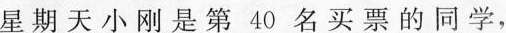
星期天小刚是第40名买票的同学，